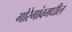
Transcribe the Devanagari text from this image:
गोरेगांवमधील